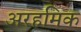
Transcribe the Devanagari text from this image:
अरहमिक